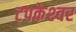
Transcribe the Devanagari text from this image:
टपकेश्‍वर